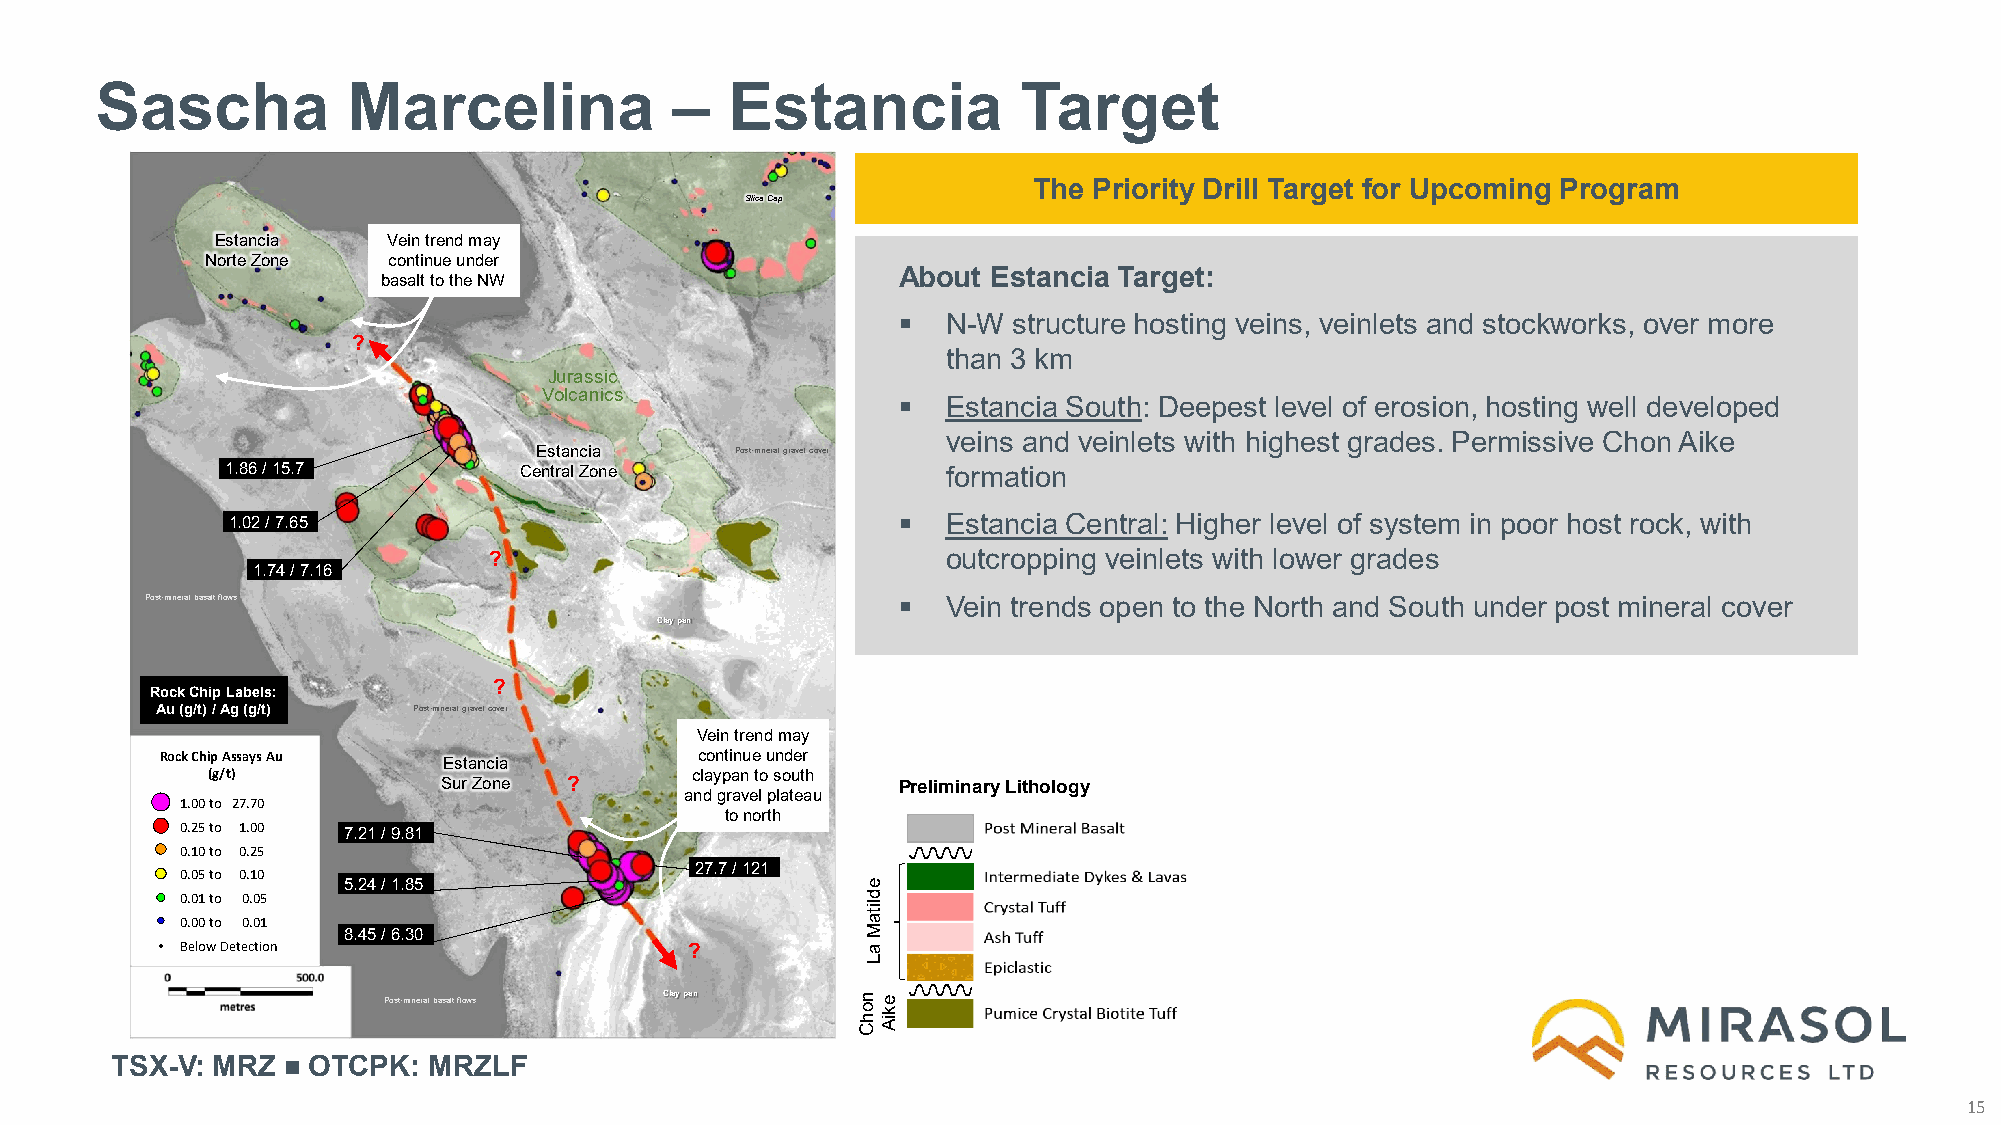
Sascha           Marcelina             –  Estancia            Target
 The Priority Drill Target for Upcoming Program
 Silica Cap
 Estancia    Vein trend may
 Norte Zone  continue under
 About  Estancia Target:
 basalt to the NW
    N-W structure hosting veins, veinlets and stockworks, over more
 ?
 than 3 km
 Jurassic
 Volcanics                 Estancia South: Deepest level of erosion, hosting well developed
 veins and veinlets with highest grades. Permissive Chon Aike
 Estancia      Post-mineral gravel cover
 1.86 / 15.7        Central Zone                 formation
 1.02 / 7.65                                    Estancia Central: Higher level of system in poor host rock, with
 ?                              outcropping veinlets with lower grades
 1.74 / 7.16
 Post-mineral basalt flows                           Vein trends open to the North and South under post mineral cover
 Clay pan
 ?
 Rock Chip Labels:
 Au (g/t) / Ag (g/t) Post-mineral gravel cover
 Vein trend may
 Rock Chip Assays Au                continue under
 Estancia
 (g/t)                           claypan to south
 Sur Zone ?                    Preliminary Lithology
 and gravel plateau
 1.00 to 27.70
 to north
 0.25 to 1.00 7.21 / 9.81
 0.10 to 0.25
 27.7 / 121
 0.05 to 0.10
 5.24 / 1.85
 0.01 to 0.05
 0.00 to 0.01
 8.45 / 6.30
 Below Detection                   ?
 Post-mineral basalt flows Clay pan
 TSX-V: MRZ   OTCPK:  MRZLF
 15
 nohC
 edlitaM
 aL
 ekiA